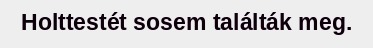
Holttestét sosem találták meg.